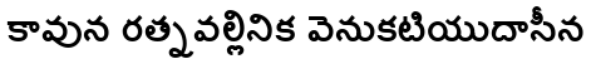
కావున రత్నవల్లినిక వెనుకటియుదాసీన